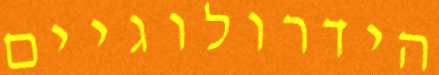
הידרולוגיים